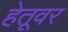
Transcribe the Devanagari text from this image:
हेतूवर